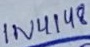
Text: 1N4148